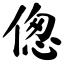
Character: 偬